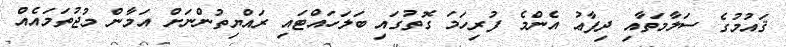
ޤައުމުގެ ސަލާމަތާއި ދިފާޢު އެންމެ ފުރިހަމަ ގޮތުގައި ބަލަހައްޓައި ރައްޔިތުންނަށް އަމާން މުޖުތަމައެއް